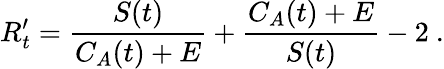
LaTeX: R_{t}^{\prime}=\frac{S(t)}{C_{A}(t)+E}+\frac{C_{A}(t)+E}{S(t)}-2\ .